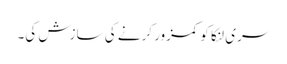
سری لنکا کو کمزور کرنے کی سازش کی۔